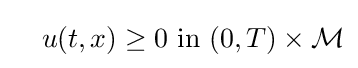
\quad u(t,x)\geq 0{\text{ in }}(0,T)\times {\mathcal {M}}